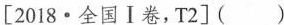
[2018·全国Ⅰ卷，T2]()